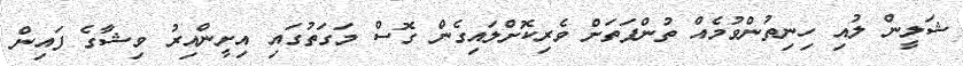
ޝަލީން ލުއި ހިނިތުންވުމެއް ތުންފަތަށް ވެރިކޮށްލައިގެން ގޮސް މަގަތުގައި އިށީންއިރު ވިޝާގެ ފައިން